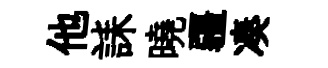
他誄曉疆凑